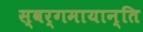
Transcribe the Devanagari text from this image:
स्वर्गमायान्ति